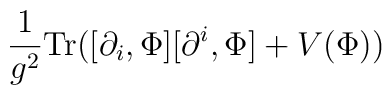
\frac{1}{g^{2}}{\rm Tr}( [\partial_{i}, \Phi][\partial^{i}, \Phi] + V(\Phi ) )